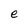
Character: e